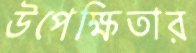
উপেক্ষিতার